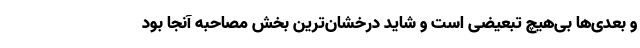
و بعدی‌‌ها بی‌هیچ تبعیضی است و شاید درخشان‌ترین بخش مصاحبه آنجا بود